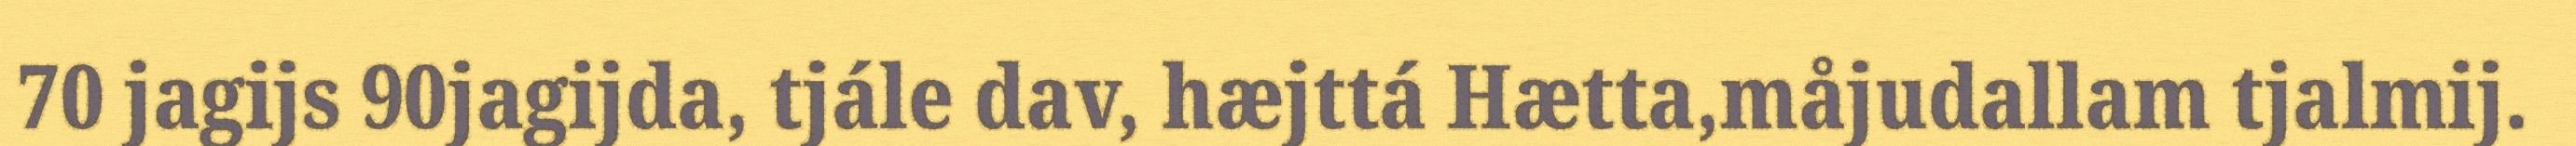
70 jagijs 90jagijda, tjále dav, hæjttá Hætta,måjudallam tjalmij.